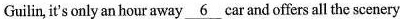
Guilin, it's only an hour away\underline{6}car and offers all the scenery